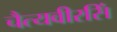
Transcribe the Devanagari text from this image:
चैत्यवीरसिं